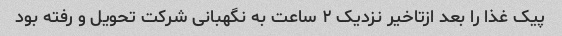
پیک غذا را بعد ازتاخیر نزدیک ۲ ساعت به نگهبانی شرکت تحویل و رفته بود